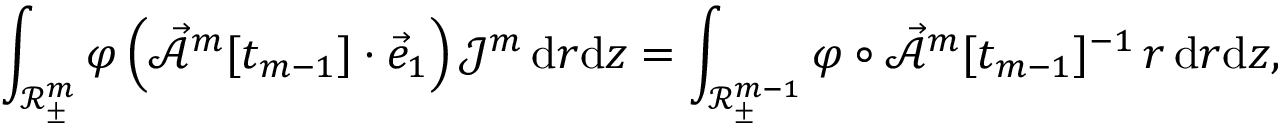
\int _ { \mathscr { R } _ { \pm } ^ { m } } \varphi \, \Bigl ( \mathcal { \vec { A } } ^ { m } [ t _ { m - 1 } ] \cdot \vec { e } _ { 1 } \Bigr ) \, \mathcal { J } ^ { m } \, \mathrm { d } r \mathrm { d } z = \int _ { \mathscr { R } _ { \pm } ^ { m - 1 } } \varphi \circ \mathcal { \vec { A } } ^ { m } [ t _ { m - 1 } ] ^ { - 1 } \, r \, \mathrm { d } r \mathrm { d } z ,